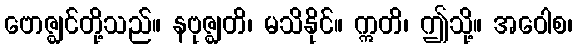
ဗောဇ္ဈင်တို့သည်။ နဗုဇ္ဈတိ၊ မသိနိုင်။ ဣတိ၊ ဤသို့။ အဝေါစ၊